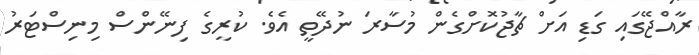
ރާއްޖޭގައި ގަޑި އަށް ޗާޖުކޮށްގެން މުސާރަ ނުދޭތީ އެވެ. ކުރީގެ ފިނޭންސް މިނިސްޓަރު